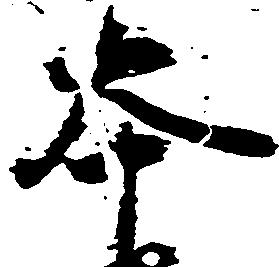
本